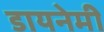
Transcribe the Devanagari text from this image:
डायनेमी